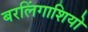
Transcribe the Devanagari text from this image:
बरलिंगाशियो